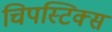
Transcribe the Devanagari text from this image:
चिपस्टिक्स